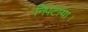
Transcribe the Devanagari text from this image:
निपटाया।